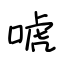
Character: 唬